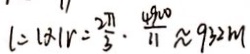
l = \vert \alpha \vert r = \frac { 2 \pi } { 3 } \cdot \frac { 4 9 0 0 } { 1 1 } \approx 9 3 2 m